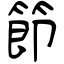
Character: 節